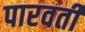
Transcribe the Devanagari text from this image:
पारवर्ती